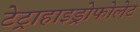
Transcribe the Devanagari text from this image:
टेट्राहाइड्रोफोलेट